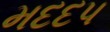
મદદપ